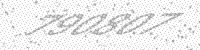
Solution: 790807